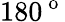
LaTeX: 180^{\mathrm{~o~}}